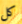
كل